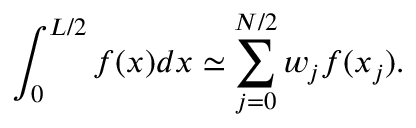
\int _ { 0 } ^ { L / 2 } f ( x ) d x \simeq \sum _ { j = 0 } ^ { N / 2 } w _ { j } f ( x _ { j } ) .